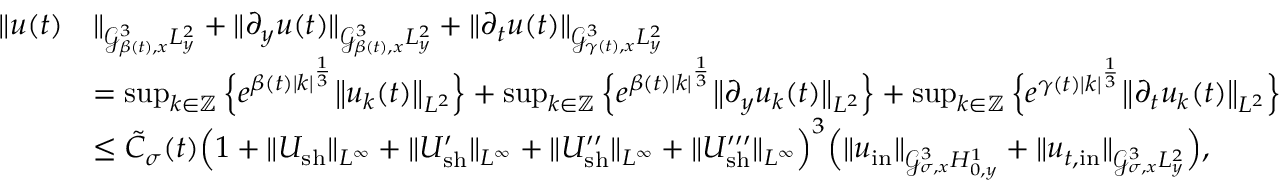
\begin{array} { r l } { \| u ( t ) } & { \| _ { \mathcal { G } _ { \beta ( t ) , x } ^ { 3 } L _ { y } ^ { 2 } } + \| \partial _ { y } u ( t ) \| _ { \mathcal { G } _ { \beta ( t ) , x } ^ { 3 } L _ { y } ^ { 2 } } + \| \partial _ { t } u ( t ) \| _ { \mathcal { G } _ { \gamma ( t ) , x } ^ { 3 } L _ { y } ^ { 2 } } } \\ & { = \operatorname* { s u p } _ { k \in \mathbb Z } \Big \{ e ^ { \beta ( t ) | k | ^ { \frac { 1 } { 3 } } } \big \| u _ { k } ( t ) \big \| _ { L ^ { 2 } } \Big \} + \operatorname* { s u p } _ { k \in \mathbb Z } \Big \{ e ^ { \beta ( t ) | k | ^ { \frac { 1 } { 3 } } } \big \| \partial _ { y } u _ { k } ( t ) \big \| _ { L ^ { 2 } } \Big \} + \operatorname* { s u p } _ { k \in \mathbb Z } \Big \{ e ^ { \gamma ( t ) | k | ^ { \frac { 1 } { 3 } } } \big \| \partial _ { t } u _ { k } ( t ) \big \| _ { L ^ { 2 } } \Big \} } \\ & { \leq \tilde { C } _ { \sigma } ( t ) \Big ( 1 + \| U _ { \mathrm { s h } } \| _ { L ^ { \infty } } + \| U _ { \mathrm { s h } } ^ { \prime } \| _ { L ^ { \infty } } + \| U _ { \mathrm { s h } } ^ { \prime \prime } \| _ { L ^ { \infty } } + \| U _ { \mathrm { s h } } ^ { \prime \prime \prime } \| _ { L ^ { \infty } } \Big ) ^ { 3 } \Big ( \| u _ { \mathrm { i n } } \| _ { \mathcal { G } _ { \sigma , x } ^ { 3 } H _ { 0 , y } ^ { 1 } } + \| u _ { t , \mathrm { i n } } \| _ { \mathcal { G } _ { \sigma , x } ^ { 3 } L _ { y } ^ { 2 } } \Big ) , } \end{array}